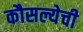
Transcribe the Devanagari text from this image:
कौसल्येची